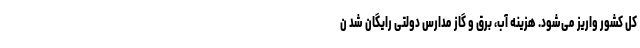
کل کشور واریز می‌شود. هزینه آب، برق و گاز مدارس دولتی رایگان شد ن